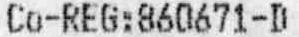
CO-REG:860671-D